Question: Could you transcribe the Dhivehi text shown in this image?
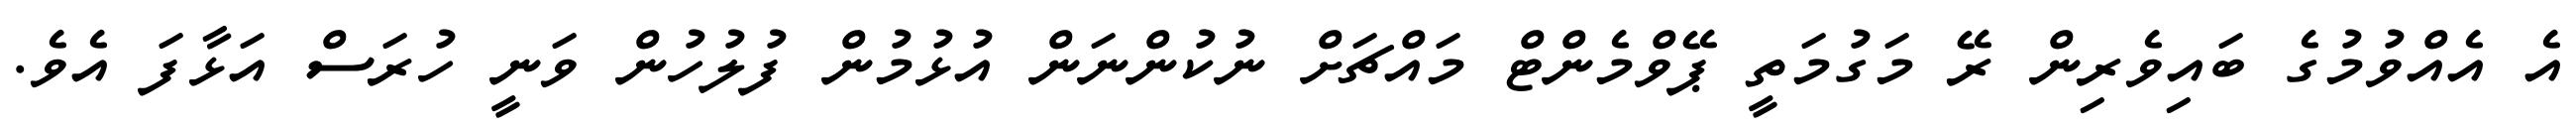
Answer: އެ އެއްވުމުގެ ބައިވެރިން ރޭ މަގުމަތީ ޕޭވްމެންޓް މައްޗަށް ނުކުންނަން އުޅުމުން ފުލުހުން ވަނީ ހުރަސް އަޅާފަ އެވެ.